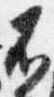
不